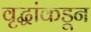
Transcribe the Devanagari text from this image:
वृद्धांकडून